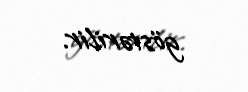
göstərilir.